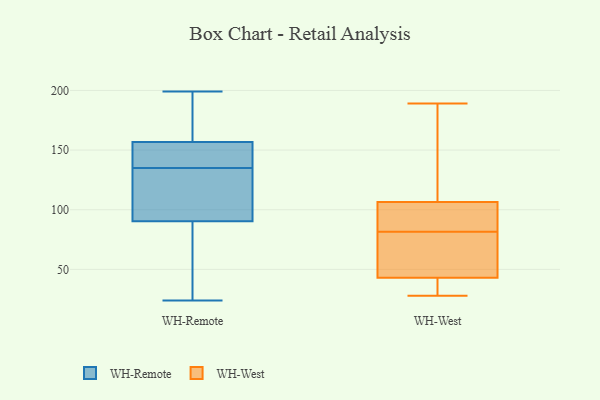
{"axis": {"x": "Backlog", "y": "Value"}, "legend": ["WH-Remote", "WH-West"], "data": [{"x": "", "y": 193, "type": "WH-Remote"}, {"x": "", "y": 74, "type": "WH-Remote"}, {"x": "", "y": 153, "type": "WH-Remote"}, {"x": "", "y": 128, "type": "WH-Remote"}, {"x": "", "y": 158, "type": "WH-Remote"}, {"x": "", "y": 124, "type": "WH-Remote"}, {"x": "", "y": 135, "type": "WH-Remote"}, {"x": "", "y": 118, "type": "WH-Remote"}, {"x": "", "y": 24, "type": "WH-Remote"}, {"x": "", "y": 135, "type": "WH-Remote"}, {"x": "", "y": 199, "type": "WH-Remote"}, {"x": "", "y": 81, "type": "WH-Remote"}, {"x": "", "y": 151, "type": "WH-Remote"}, {"x": "", "y": 50, "type": "WH-Remote"}, {"x": "", "y": 182, "type": "WH-Remote"}, {"x": "", "y": 52, "type": "WH-West"}, {"x": "", "y": 108, "type": "WH-West"}, {"x": "", "y": 28, "type": "WH-West"}, {"x": "", "y": 88, "type": "WH-West"}, {"x": "", "y": 189, "type": "WH-West"}, {"x": "", "y": 58, "type": "WH-West"}, {"x": "", "y": 77, "type": "WH-West"}, {"x": "", "y": 29, "type": "WH-West"}, {"x": "", "y": 86, "type": "WH-West"}, {"x": "", "y": 117, "type": "WH-West"}, {"x": "", "y": 105, "type": "WH-West"}, {"x": "", "y": 34, "type": "WH-West"}]}